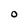
Character: O